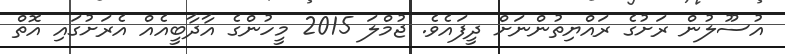
އުސޫލުން ރަށުގެ ރައްޔިތުންނަށް ދީފައެވެ. ޖުމްލަ 2015 މީހުންގެ އާދާބީއެއް އެރަށުގައި އޮތް